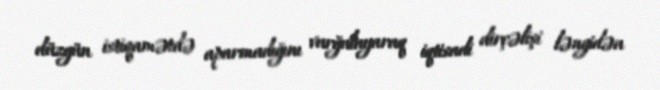
düzgün istiqamətdə aparmadığını vurğulayaraq iqtisadi dirçəlişi ləngidən